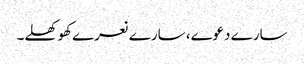
سارے دعوے، سارے نعرے کھوکھلے۔